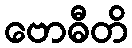
ဗောဓီတိ